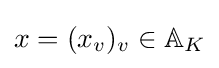
x=(x_{v})_{v}\in \mathbb {A} _{K}